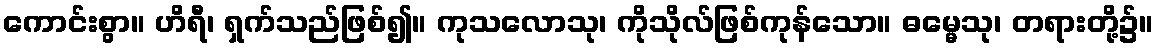
ကောင်းစွာ။ ဟိရီ၊ ရှက်သည်ဖြစ်၍။ ကုသလောသု၊ ကိုသိုလ်ဖြစ်ကုန်သော။ ဓမ္မေသု၊ တရားတို့၌။